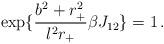
LaTeX: \begin{align*}\exp\{ \frac{b^2 + r_+^2}{ l^2 r_+}\beta J_{12} \}=1 \,.\end{align*}